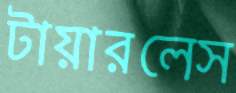
টায়ারলেস